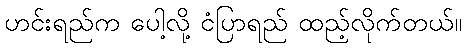
ဟင်းရည်က ပေါ့လို့ ငံပြာရည် ထည့်လိုက်တယ်။